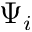
\Psi _ { i }